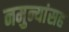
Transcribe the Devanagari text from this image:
नमुन्यांसह